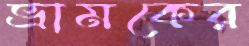
ভ্রামকের